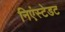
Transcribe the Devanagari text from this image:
निएंस्टेडट